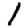
Digit: 1